Newspaper: The morning times. [volume]
Place of publication: Washington, D.C.
Publisher: Washington Times Co.
Date: 1895-12-21 00:00:00
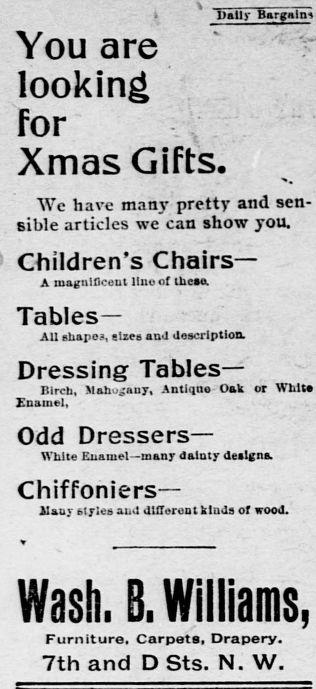
Advertisement text (OCR):
JJallr Bargain You are looking . for -. Xmas Gifts. "Vc have manj pretty and sen sible articles we can show you. Children's Chairs A magnificent lino or theso. Tables All shapes, sizes and description. Dressing Tables Birch, Mahogany, Antique-Oak or White Enamel, Odd Dressers White Enamel many dainty deilgns. Chiffoniers llany styles and different kinds of wood. Wash. B, Williams, Furniture. Carpets. Drapery. 7th and D Sts. N. W.
Label: text-only